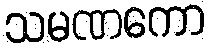
သမဏကော